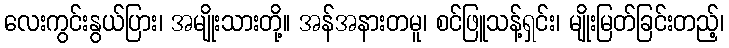
လေးကွင်းနွယ်ပြား၊ အမျိုးသားတို့။ အန်အနားတမူ၊ စင်ဖြူသန့်ရှင်း၊ မျိုးမြတ်ခြင်းတည့်၊